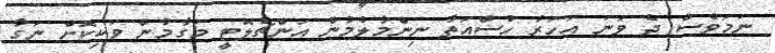
ނަމަވެސް ދެ ވަނަ އަހަރު ހުސްއަތާ ނިންމާލުމުން އަންޗެލޮޓީ މަގާމުން ވަކިކޮށް ނަގާ